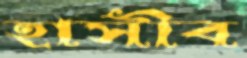
হাসীব